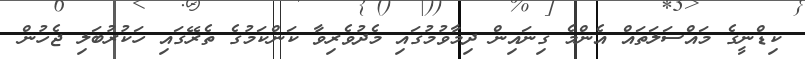
ކިޑްނީގެ މައްސަލަތައް އެންމެ ގިނައިން ދިމާވުމުގައި މެދުވެރިވާ ކަންކަމުގެ ތެރޭގައި ހަކުރުބަލި ޖެހުން